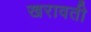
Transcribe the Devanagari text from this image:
खरावती